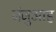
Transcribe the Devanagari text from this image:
जंजुआह